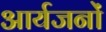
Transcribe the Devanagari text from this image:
आर्यजनों